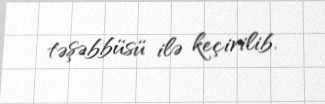
təşəbbüsü ilə keçirilib.